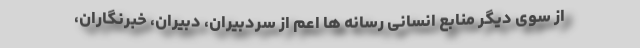
از سوی دیگر منابع انسانی رسانه ها اعم از سردبیران، دبیران، خبرنگاران،